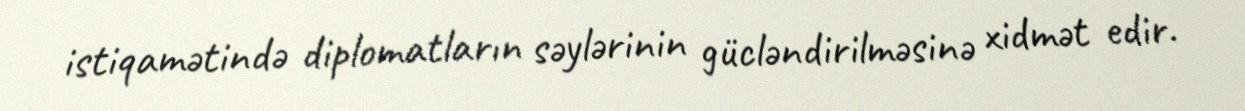
istiqamətində diplomatların səylərinin gücləndirilməsinə xidmət edir.